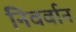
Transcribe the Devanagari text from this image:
निवर्वान